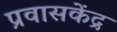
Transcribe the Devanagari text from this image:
प्रवासकेंद्र